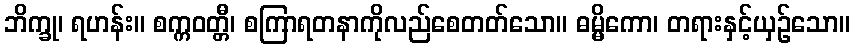
ဘိက္ခု၊ ရဟန်း။ စက္ကဝတ္တီ၊ စကြာရတနာကိုလည်စေတတ်သော။ ဓမ္မိကော၊ တရားနှင့်ယှဉ်သော။